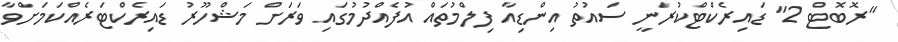
"ރޮބޮޓް 2" ޑައިރެކްޓްކުރަނީ ސައުތު އިންޑިއާ ފިލްމުތައް އުފެއްދުމުގައި ވަރަށް މަޝްހޫރު ޑައިރެކްޓަރެއްކަމަށްވާ